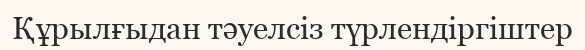
Құрылғыдан тәуелсіз түрлендіргіштер